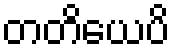
တတိယေပိ